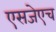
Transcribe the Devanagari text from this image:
एसजेएच